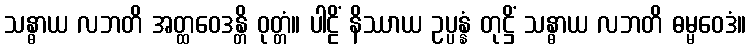
သန္ဓာယ လဘတိ အတ္ထဝေဒန္တိ ဝုတ္တံ။ ပါဠိံ နိဿာယ ဥပ္ပန္နံ တုဋ္ဌိံ သန္ဓာယ လဘတိ ဓမ္မဝေဒံ။